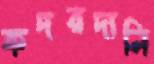
কদরদানি